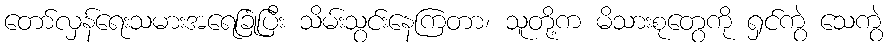
တော်လှန်ရေးသမားအရေခြုံပြီး သိမ်းသွင်းနေကြတာ၊ သူတို့က မိသားစုတွေကို ရှင်ကွဲ သေကွဲ